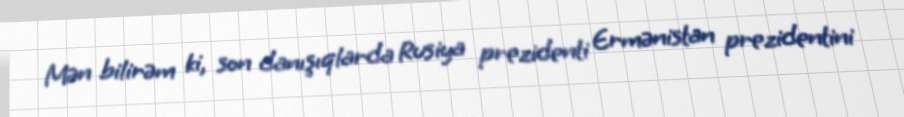
Mən bilirəm ki, son danışıqlarda Rusiya prezidenti Ermənistan prezidentini